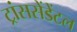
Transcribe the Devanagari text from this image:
ट्रांससेंडेंटल